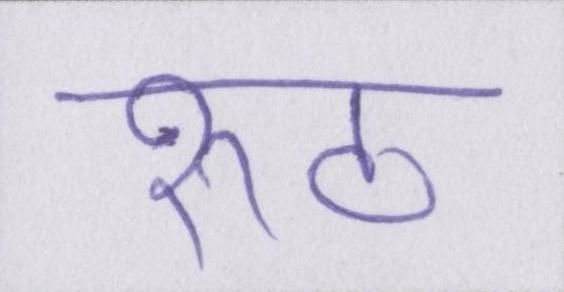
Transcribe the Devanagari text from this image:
रूठ